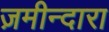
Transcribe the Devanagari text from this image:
ज़मीन्दारा